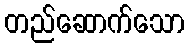
တည်ဆောက်သော